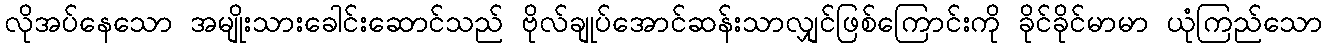
လိုအပ်နေသော အမျိုးသားခေါင်းဆောင်သည် ဗိုလ်ချုပ်အောင်ဆန်းသာလျှင်ဖြစ်ကြောင်းကို ခိုင်ခိုင်မာမာ ယုံကြည်သော